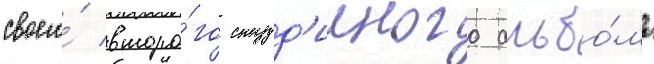
своего́ второ́го студ'ииного альбо́ма